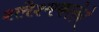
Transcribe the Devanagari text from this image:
श्लेश्मकलेने